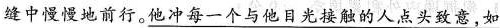
缝中慢慢地前行。他冲每一个与他目光接触的人点头致意，如